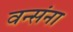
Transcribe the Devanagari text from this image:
वन्संना